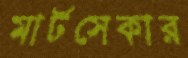
মার্টসেকার